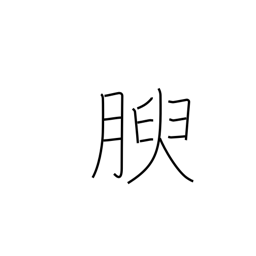
Meaning: growing fat